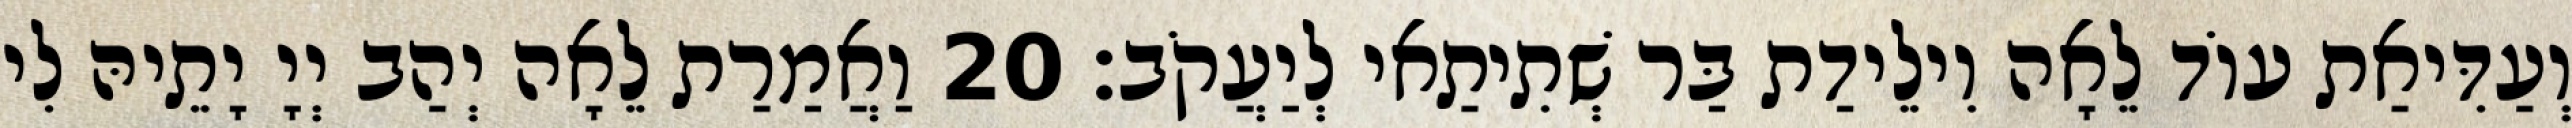
וְעַדִּיאַת עוֹד לֵאָה וִילֵידַת בַּר שְׁתִיתַאי לְיַעֲקֹב׃ 20 וַאֲמַרַת לֵאָה יְהַב יְיָ יָתֵיהּ לִי